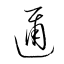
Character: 邇